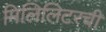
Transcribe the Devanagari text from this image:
मिलिलिटरची